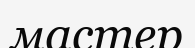
мастер